Calcutta medical institutions reports 1871-78
Year: 1871
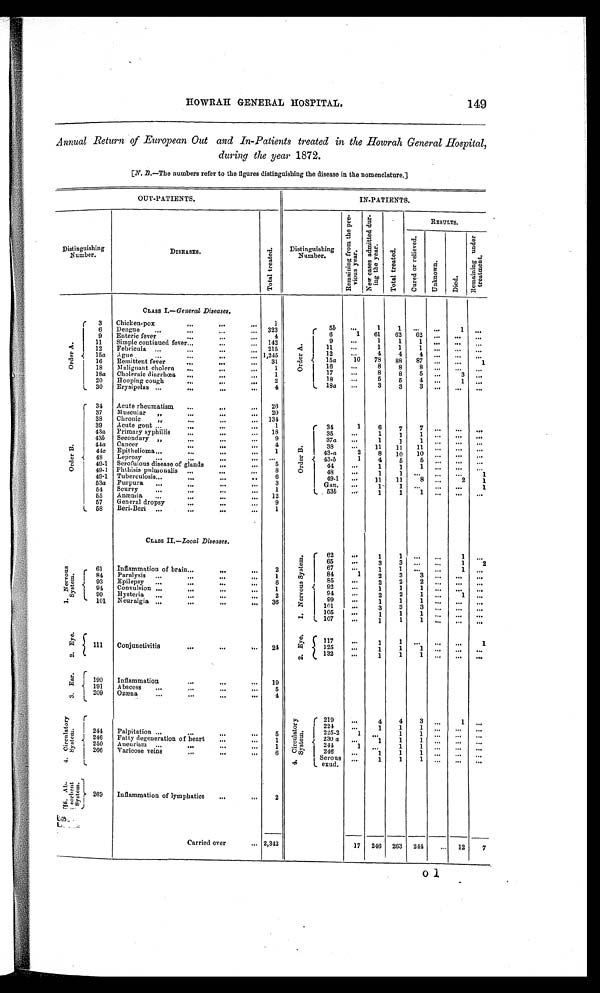
HOWRAH GENERAL HOSPITAL.
149
Annual Return of European Out and In-Patients treated in the Howrah General Hospital,
during the year 1872.
[N. B.—The numbers refer to the figures distinguishing the disease in the nomenclature.]
OUT-PATIENTS.
IN-PATIENTS.
Distinguishing
Number.
DISEASES.
T o t a l t r e a t e d .
Distinguishing
Number.
R e m a i n i n g f r o m t h e p r e -
v i o u s y e a r .
N e w c a s e s a d m i t t e d d u r -
i n g t h e y e a r .
T o t a l t r e a t e d
RESULTS.
C u r e d o r r e l i e v e d .
Unknown.
D i e d .
R e m a i n i n g u n d e r
t r e a t m e n t .
CLASS I .—General Diseases.
O r d e r A .
3
Chicken-pox
...
...
..
1
O r d e r A .
55
1
1 ...
6
Dengue
...
...
...
...
323
6
1
61
62
62
.
..
.
9
Enteric fever
...
4
9
—
1
1
11
. . .
. . .
Simple continued fever...
...
... 142
11
1
1
1
12
Febricula
215
12
. . .
4
4
4
...
...
...
15a
...
...
...
ague
.... 1,245
The
10
78
88
87
... ...
1
16
...
Remittent fever..
31
16
. . .
18
...
...
Malignant cholera
1
17
8
8
5
...
3
...
]8a
...
Choleraic diarrhœa
...
...
...
18
. . .
5
5
4
...
20
loo pin cough
...
...
...
.
18a
...
30
Erysipelas ...
...
...
..
4
O r d e r
B .
34
Acute rheumatism
...
...
...
26
37
Muscular "
...
..
20
38
Chronic
".
...
...
131
39
Acute gout ...
...
...
...
1
O r d e r B .
34
1
6
7
7
...
...
...
35
...
1
1
1
... ...
. . .
43a
Primary syphillis
...
...
..
18
9
37a
. . .
1
i
1
...
....
...
43b
Secondary „
...
38
. .
11
11
11
...
...
...
44a
Cancer,..
...
...
4
43-a
2
8
10
10
..,
...
44c
Epithelioma „.
...
1
43-b
1
48
Leprosy
...
...
...
...
...
44
...
1
1
1
...
...
...
49-1 Scrofulous disease of glands
...
5
48
. . .
1
1
49-1 Phthisis pulmonalis
...
...
...
8
49.1
...
1 1 1
11
8
...
2
1
49-1 Tuberculosis...
...
...
6
Gan.
.
1 . -
1
...
...
1
53a
Purpura
...
.
...
...
3
. 53b
1
1
1
...
...
...
54
Scurvy
...
...
...
1
55
Anæmia
...
...
...
...
12
57
General dropsy
...
...
...
9
58
Beri-Beri
...
...
..
..
1
CLASS II .—Local Diseases.
1 . N e r v o u s S y s t e m .
62
..
1
1
1
. . .
65
..
3
3
. . .
...
1
2
67
...
1
. . .
1 . S e r v o u s
S y s t e m .
61
Inflammation of brain..
..
.
84
1
2
3
3 ...
...
...
84,
Paralysis
...
...
...
—
1
85
. . .
93
Epilepsy
...
...
...
6
92
1
1
1
...
..
.
...
94
Convul s ion ...
...
1
91
...
2
2
1
...
1
...
99
Hysteria
...
2
99
...
1
1
1
...
...
.. .
101
Neuralgia ...
...
36
101
...
105
...
1
1
1
...
.-
. . .
107
1
1
1 ...
...
...
2 . E y e .
2 . E y e
n7
...
1
1
1
111
Conjunctivitis
...
.
".
24
125
...
1
1
1 ...
.... ...
132
...
1
1
1
3 . E a r .
190
Inflammation
..,
..
...
19
191
Abscess
...
5
209
Ozæna
...
...
...
4
4 . C i r c u l a t o r y
S y s t e m .
4 . C i r c u l a t o r y
S y s t e m .
219
.
4
4
3
..
1
...
2 2 4
...
1
1
...
„
...
244
Palpitation ...
...
...
...
5
.
2 2 5
. 2 2
1
"41
1
1
...
...
...
230 a
...
1
1
1
...
.
246 6
... Fatty degeneration of heart
...
1
1
24A
1
...
1
1
...
,
250
Aneurism
...
...
...
...
1
. . . . . . .
1
1
1
. .
...
...
266
Varicose veins
...
..
6
Serous
exud.
...
1
1
1
. . .
...
...
5 . A b -
s o r b e n t
S y s t e m .
2 6 9
Inflammation of lymphatics
...
.
2
Carried over
.,. 2,342
17
246
263
244
...
12
7
01